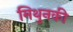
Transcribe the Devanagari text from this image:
मिथुनकी